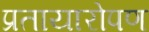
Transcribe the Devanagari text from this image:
प्रतायारोपण